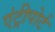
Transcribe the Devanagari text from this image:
एंट्रीपोर्ट